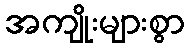
အကျိုးများစွာ